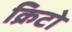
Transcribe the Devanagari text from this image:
क्रिटो